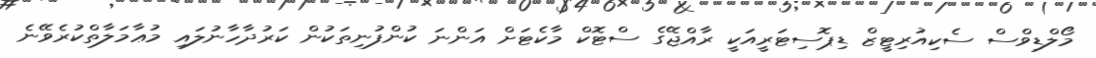
މޯލްޑިވްސް ސެކިއުރިޓީޒް ޑިޕޮސިޓަރީއަކީ ރާއްޖޭގެ ސްޓޮކް މާކެޓަށް އަންނަ ކުންފުނިތަކުން ކަރުދާހާނުލައި މުޢާމަލާތްކުރެވޭނެ